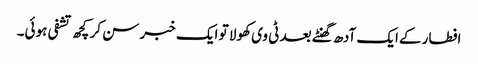
افطار کےایک آدھ گھنٹے بعد ٹی وی کھولا تو ایک خبر سن کر کچھ تشفی ہوئی۔